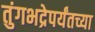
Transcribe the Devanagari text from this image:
तुंगभद्रेपर्यंतच्या